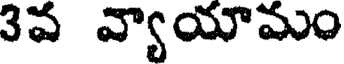
3వ వ్యాయామం